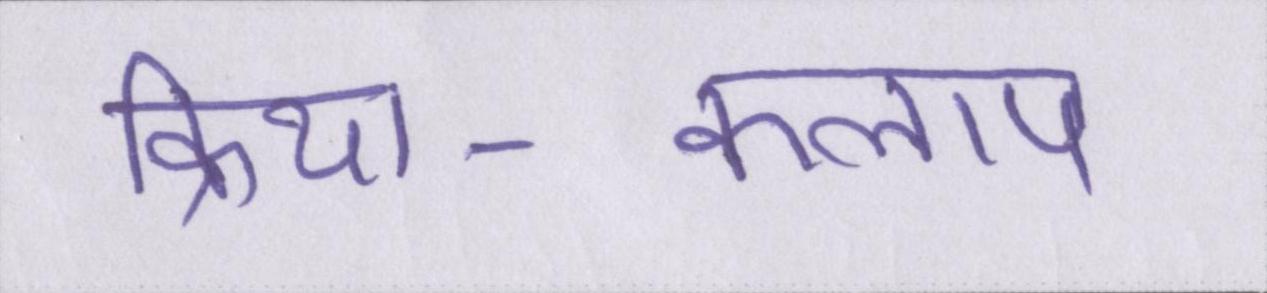
क्रिया-कलाप